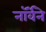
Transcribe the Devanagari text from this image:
नॉर्वेने